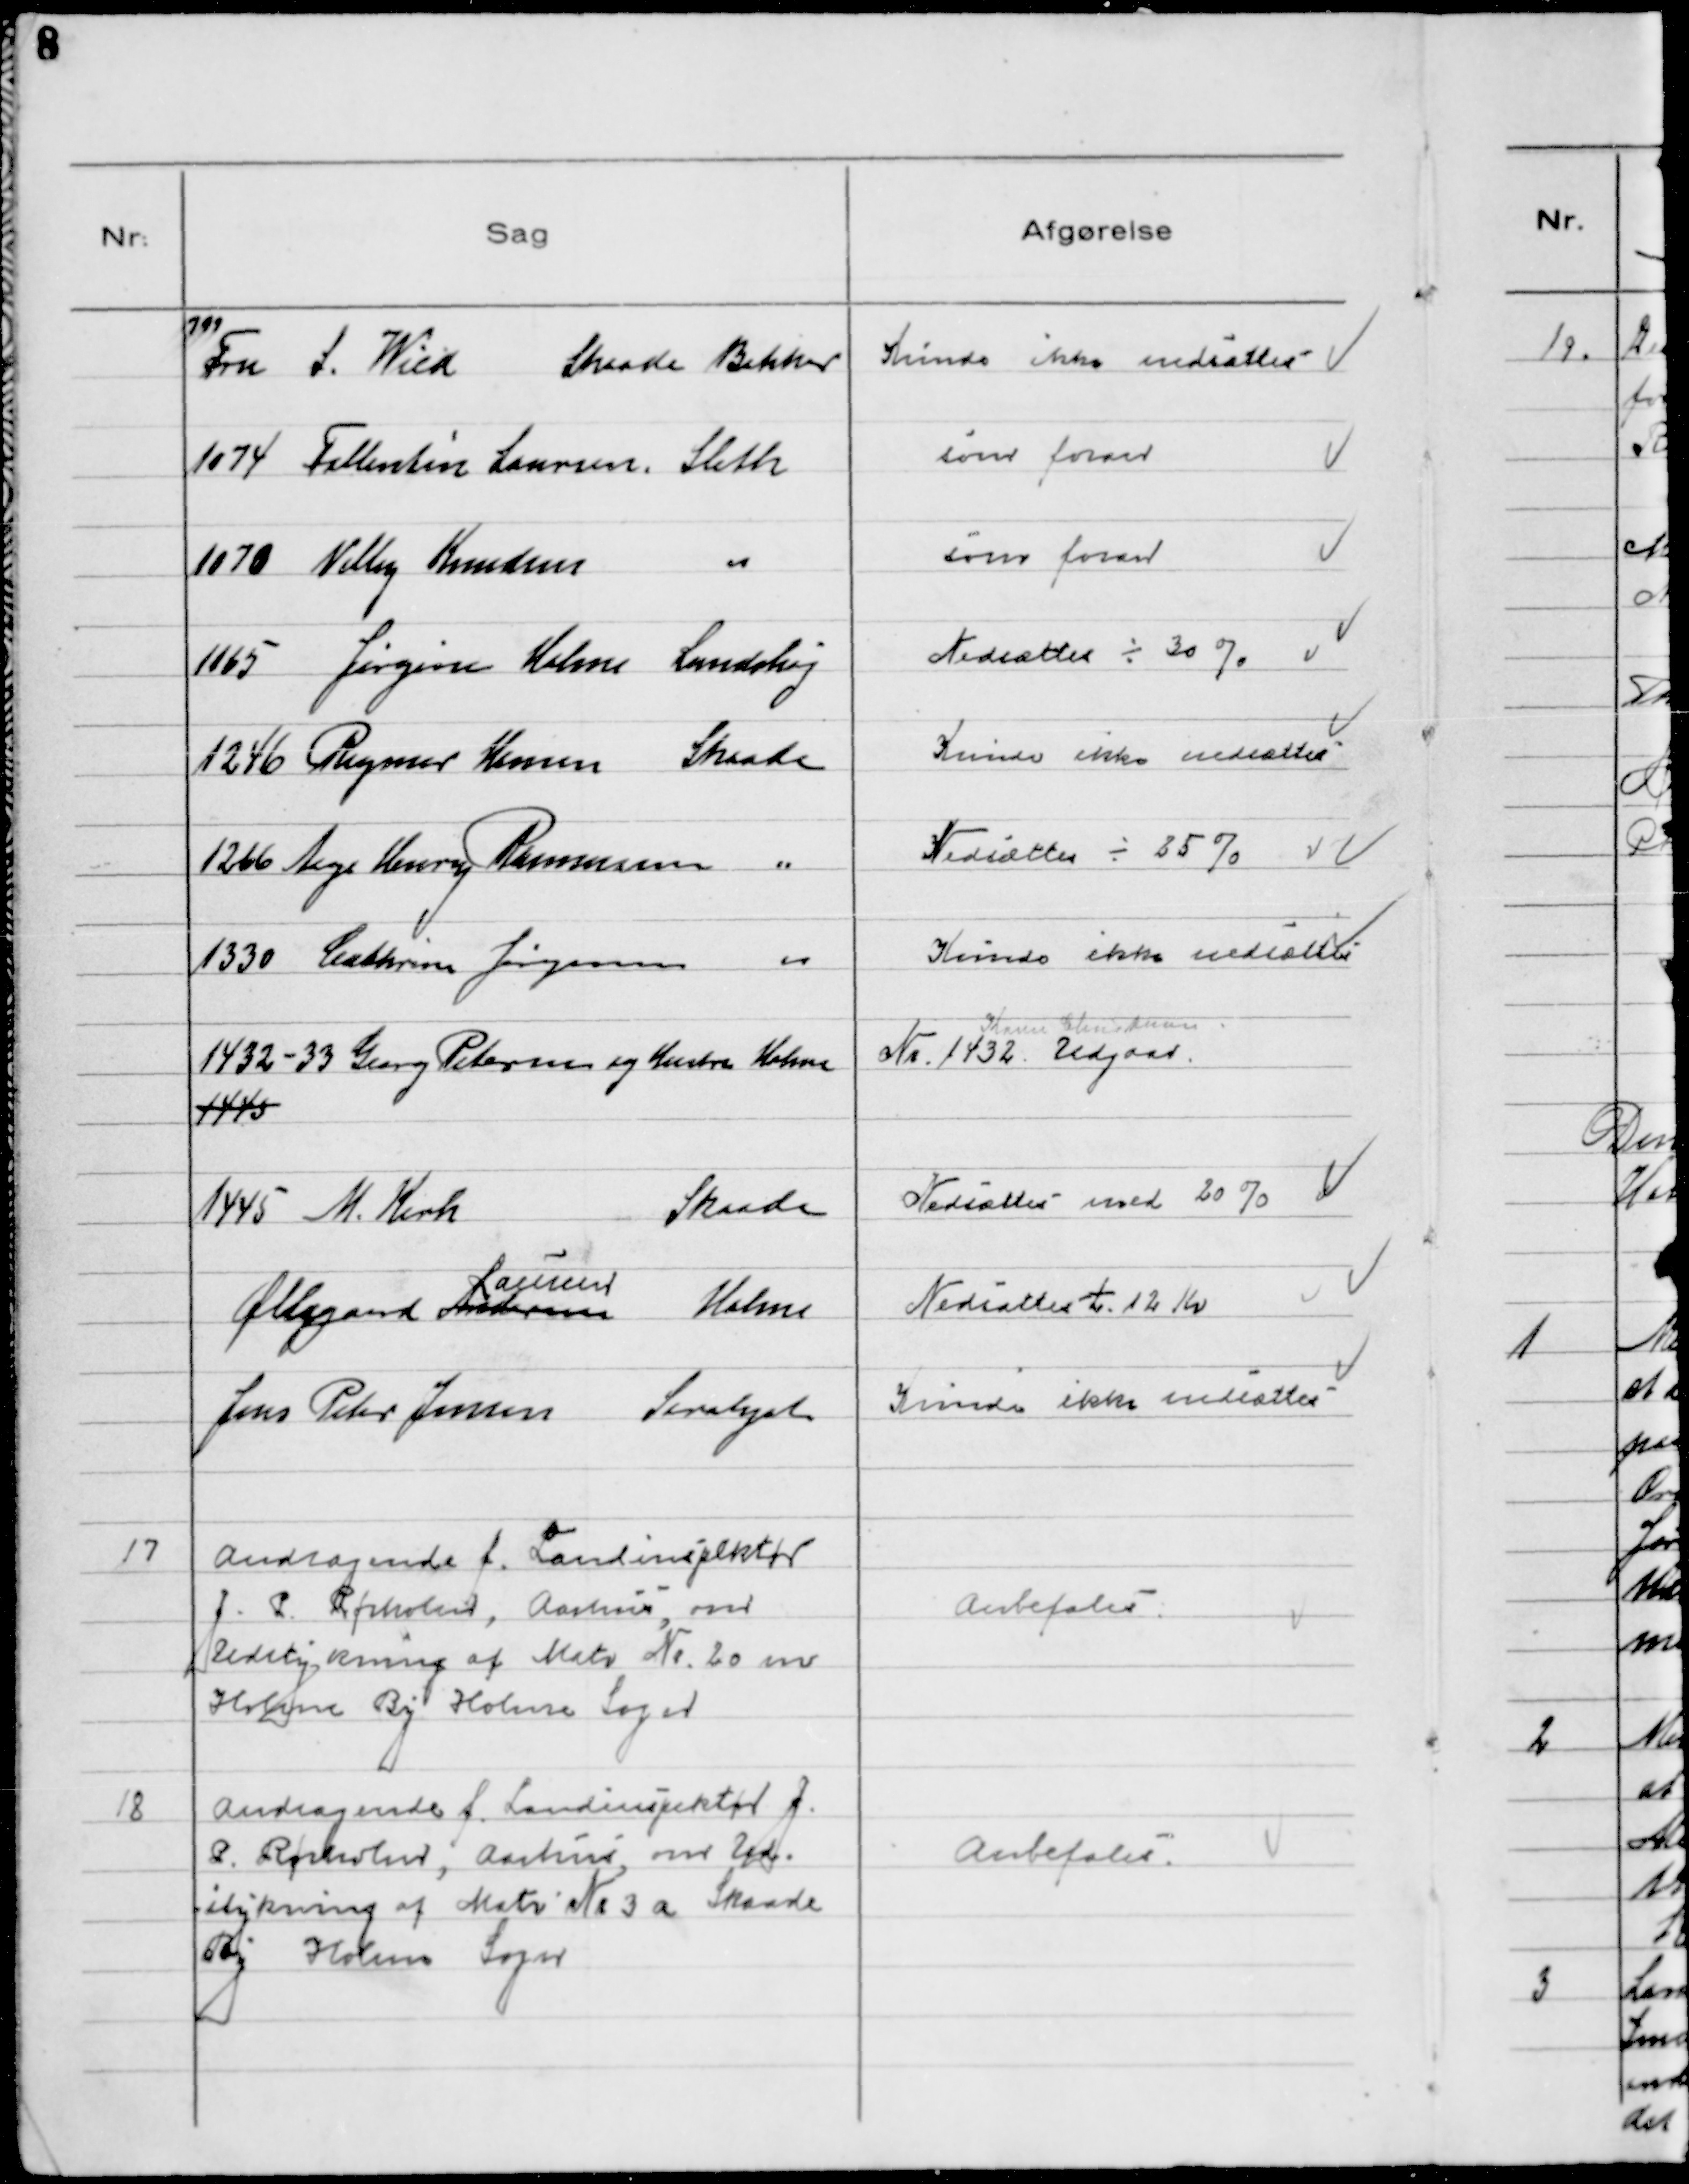
Transskription:
799
Fru S. Wied Skaade Bakker

Kunde ikke nedsættes

1074 Fallentin Laursen Sleth

som foran

1070 Villy Knudsen 〃

som foran

1065 Jørgine Holme Lundshøj

Nedsattes ÷ 30 %

1246 Rigmor Hansen, Skaade

Kunde ikke nedsættes

1266 Aage Henry Rasmussen, Skaade

Nedsattes ÷ 25 %

1330 Cathrine Jørgensen 〃

Kunde ikke nedsættes

1432 - 33 Georg Petersen og Hustru Holme
1445

Karen Christensen
Nr. 1432 Udgaar

1445 M. Kirk Skaade

Nedsattes med 20 %

Øllegaard Andersen
Laursen
Holme

Nedsattes t. 12 Kr

Jens Peter Jensen, Saralyst

Kunde ikke nedsættes

17
Andragende f. Landinspektør
J. P. Rørholm, Aarhus, om
Udstykning af Matr № 20 m
Holme By Holme Sogn

Anbefales

18
Andragende f. Landinspektør J.
P. Rørholm, Aarhus, om Ud-
stykning af Matr № 3 a Skaade
By Holme Sogn

Anbefales